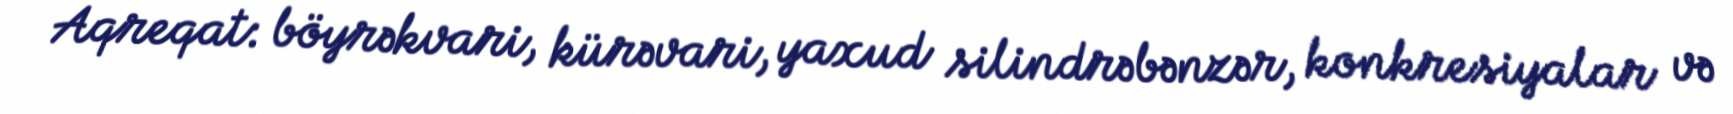
Aqreqat: böyrəkvari, kürəvari, yaxud silindrəbənzər, konkresiyalar və